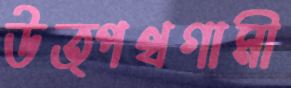
উত্পথগামী